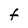
Character: t